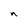
Character: n